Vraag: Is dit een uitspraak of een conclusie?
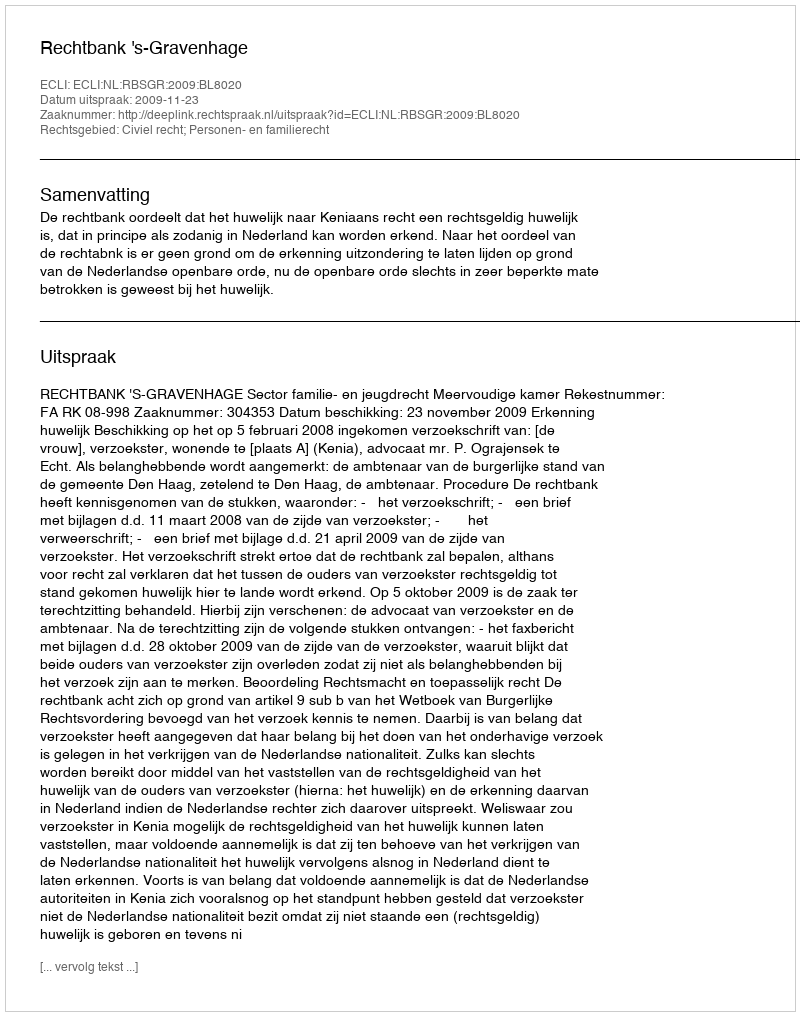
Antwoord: Uitspraak